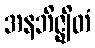
အနဘိဇ္ဈိတံ